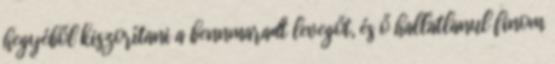
hegyéből kiszorítani a bennmaradt levegőt, és ő hallatlanul finom